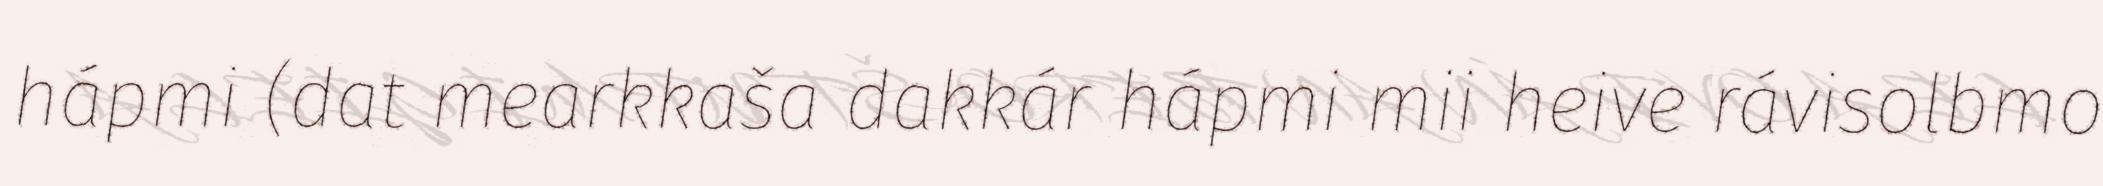
hápmi (dat mearkkaša dakkár hápmi mii heive rávisolbmo